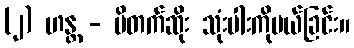
(၂) ဟန္တ - ပိတက်ဆိုး သုံးပါးကိုပယ်ခြင်း။